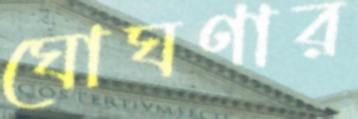
ঘোঘণার